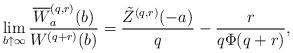
LaTeX: \begin{align*}\lim_{b\uparrow \infty}\frac{\overline{W}_a^{(q,r)}(b)}{W^{(q+r)}(b)}=\frac{\tilde{Z}^{(q,r)}(-a)}{q}-\frac{r}{q\Phi(q+r)},\end{align*}